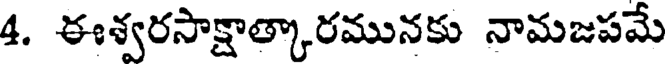
4. ఈశ్వరసాక్షాత్కారమునకు నామజపమే